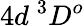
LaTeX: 4d~{^3D^{o}}